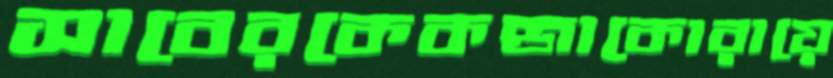
সাবেরকেকব্জাকোরায়ে